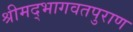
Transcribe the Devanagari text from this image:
श्रीमद्भागवतपुराण